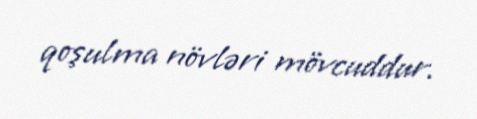
qoşulma növləri mövcuddur.